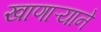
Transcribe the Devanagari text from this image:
खाणाऱ्याने